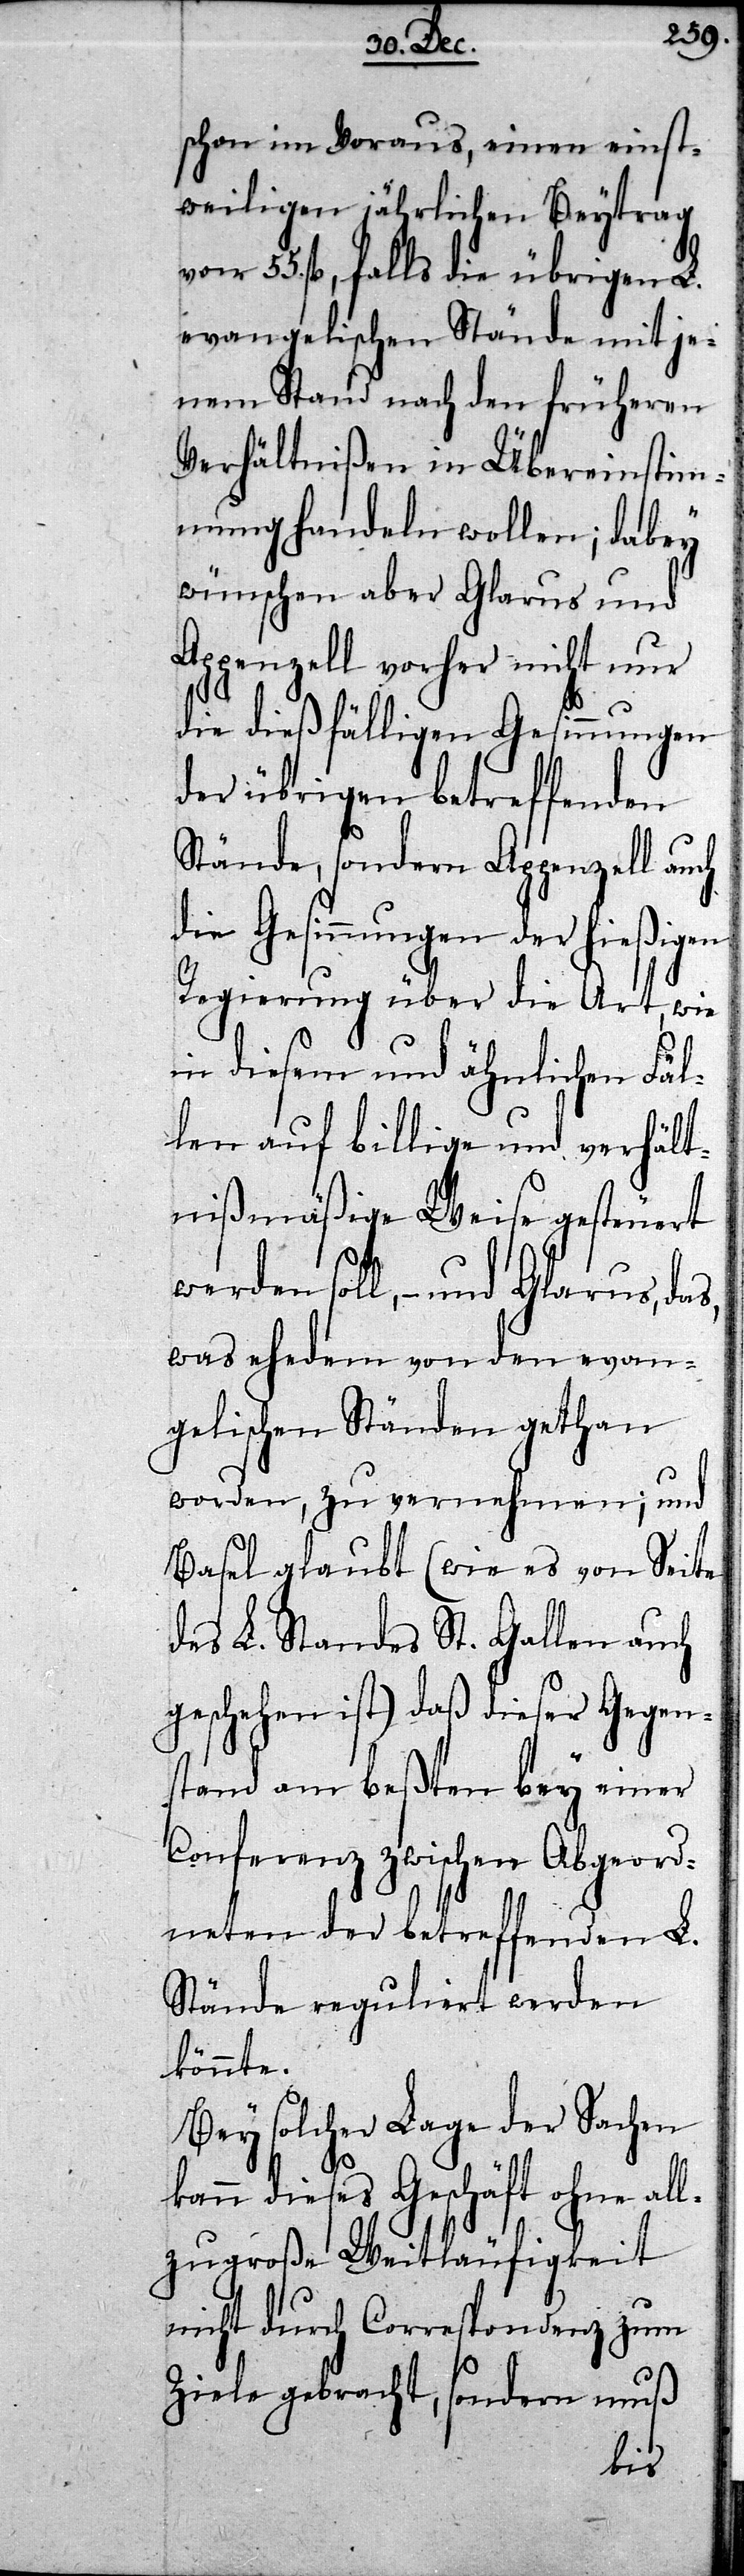
schon im Voraus, einen einst¬
weiligen jährlichen Beytrag
von 55. fl, falls die übrigen L.
evangelischen Stände mit je¬
nem Stand nach den früheren
Verhältnißen in Übereinstim¬
mung handeln wollen; dabey
wünschen aber Glarus und
Appenzell vorher nicht nur
die dießfälligen Gesinnungen
der übrigen betreffenden
Stände, sondern Appenzell auch
die Gesinnungen der hießigen
Regierung über die Art, wie
in diesem und ähnlichen Fäl¬
len auf billige und verhält¬
nißmäßige Weise gesteuert
werden soll, – und Glarus, da¬
was ehedem von den
evan¬
igkeit
gelischen Ständen
worden, zu verneh¬
und
Basel glaubt (wie es von Sei¬
des L. Standes St. Gallen auch
geschehen ist) daß dieser Gegen¬
stand am beßten bey einer
Conferenz zwischen Abgeord¬
neten der betreffenden L.
Stände reguliert werden
könnte.
chen
Bey solcher Lage der
Sa¬
all¬
kann dieses Geschäft
zugroße Weitläuf¬
nicht durch Correspondenz zum
Ziele gebracht, sondern muß
te